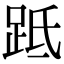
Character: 䟡